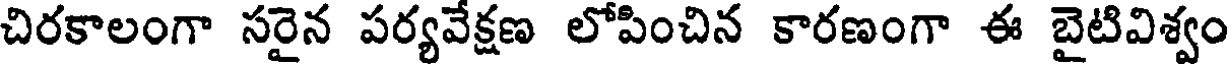
చిరకాలంగా సరైన పర్యవేక్షణ లోపించిన కారణంగా ఈ బైటివిశ్వం